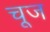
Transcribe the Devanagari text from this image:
चूज